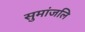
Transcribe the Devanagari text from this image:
सुमांजलि